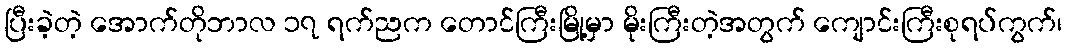
ပြီးခဲ့တဲ့ အောက်တိုဘာလ ၁၇ ရက်ညက တောင်ကြီးမြို့မှာ မိုးကြီးတဲ့အတွက် ကျောင်းကြီးစုရပ်ကွက်၊